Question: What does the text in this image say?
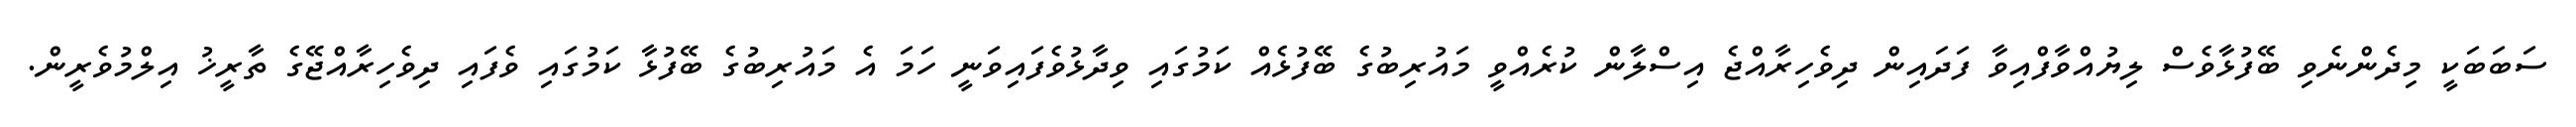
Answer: ސަބަބަކީ މިދެންނެވި ބޭފުޅާވެސް ލިޔުއްވާފްއިވާ ފަދައިން ދިވެހިރާއްޖެ އިސްލާން ކުރެއްވީ މައުރިބުގެ ބޭފުޅެއް ކަމުގައި ވިދާޅުވެފައިވަނީ ހަމަ އެ މައުރިބުގެ ބޭފުޅާ ކަމުގައި ވެފައި ދިވެހިރާއްޖޭގެ ތާރީޚު އިލްމުވެރީން.